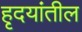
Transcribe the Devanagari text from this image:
हृदयांतील